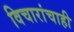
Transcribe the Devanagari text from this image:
विचारांचाही